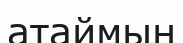
атаймын